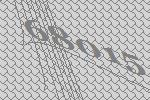
68015